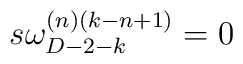
s\omega _{D-2-k}^{(n)(k-n+1)}=0